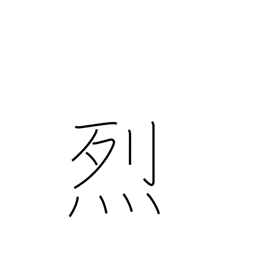
Meaning: violent